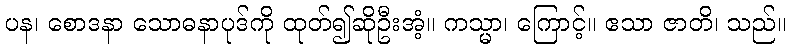
ပန၊ စောဒနာ သောဓနာပုဒ်ကို ထုတ်၍ဆိုဦးအံ့။ ကသ္မာ၊ ကြောင့်။ ဧသာ ဇာတိ၊ သည်။